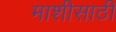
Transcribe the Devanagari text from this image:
माशीसाठी